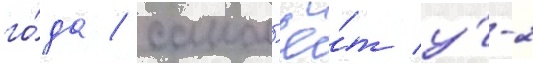
го́да / самол'ё́т у́-2